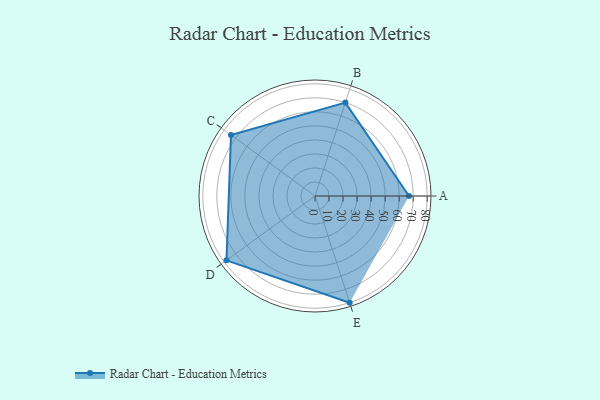
{"axis": {"x": "Skill", "y": "Score"}, "legend": ["Profile"], "data": [{"x": "A", "y": 67.0, "type": "Profile"}, {"x": "B", "y": 70.0, "type": "Profile"}, {"x": "C", "y": 74.0, "type": "Profile"}, {"x": "D", "y": 78.0, "type": "Profile"}, {"x": "E", "y": 80.0, "type": "Profile"}]}